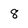
Character: 8